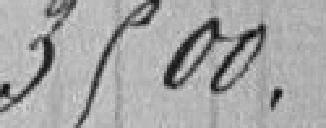
3.500